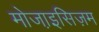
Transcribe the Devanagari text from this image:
मोजा़इसिज़म